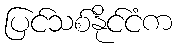
ပြင်သစ်နိုင်ငံက